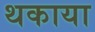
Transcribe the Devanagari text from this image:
थकाया